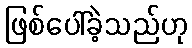
ဖြစ်ပေါ်ခဲ့သည်ဟု